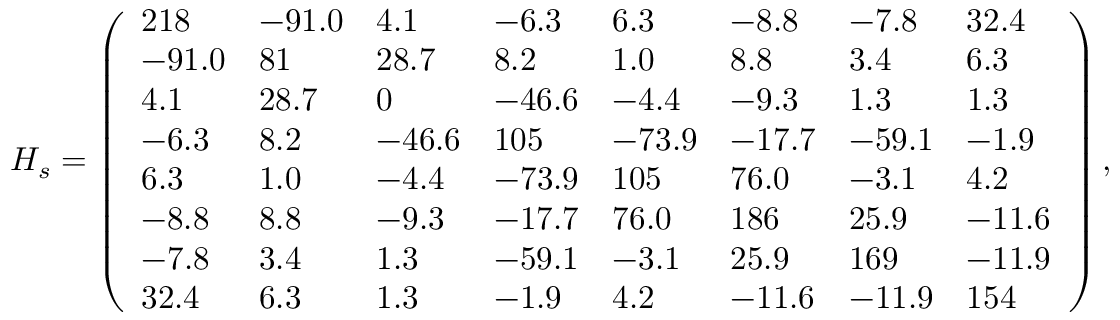
H _ { s } = \left( \begin{array} { l l l l l l l l } { 2 1 8 } & { - 9 1 . 0 } & { 4 . 1 } & { - 6 . 3 } & { 6 . 3 } & { - 8 . 8 } & { - 7 . 8 } & { 3 2 . 4 } \\ { - 9 1 . 0 } & { 8 1 } & { 2 8 . 7 } & { 8 . 2 } & { 1 . 0 } & { 8 . 8 } & { 3 . 4 } & { 6 . 3 } \\ { 4 . 1 } & { 2 8 . 7 } & { 0 } & { - 4 6 . 6 } & { - 4 . 4 } & { - 9 . 3 } & { 1 . 3 } & { 1 . 3 } \\ { - 6 . 3 } & { 8 . 2 } & { - 4 6 . 6 } & { 1 0 5 } & { - 7 3 . 9 } & { - 1 7 . 7 } & { - 5 9 . 1 } & { - 1 . 9 } \\ { 6 . 3 } & { 1 . 0 } & { - 4 . 4 } & { - 7 3 . 9 } & { 1 0 5 } & { 7 6 . 0 } & { - 3 . 1 } & { 4 . 2 } \\ { - 8 . 8 } & { 8 . 8 } & { - 9 . 3 } & { - 1 7 . 7 } & { 7 6 . 0 } & { 1 8 6 } & { 2 5 . 9 } & { - 1 1 . 6 } \\ { - 7 . 8 } & { 3 . 4 } & { 1 . 3 } & { - 5 9 . 1 } & { - 3 . 1 } & { 2 5 . 9 } & { 1 6 9 } & { - 1 1 . 9 } \\ { 3 2 . 4 } & { 6 . 3 } & { 1 . 3 } & { - 1 . 9 } & { 4 . 2 } & { - 1 1 . 6 } & { - 1 1 . 9 } & { 1 5 4 } \end{array} \right) ,